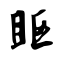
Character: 眍